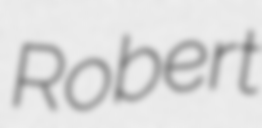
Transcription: Robert